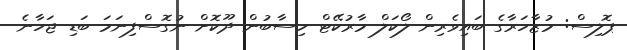
ޕޮލިސް: މުޒާހަރާގެ ބައިވެރިން ލޯކަލް މާރުކޭޓް ހިސާބުން ދޫކޮށް ނުގޮސްފިނަމަ ބަޑި ޖަހާނެ